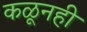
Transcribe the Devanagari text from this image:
कळूनही